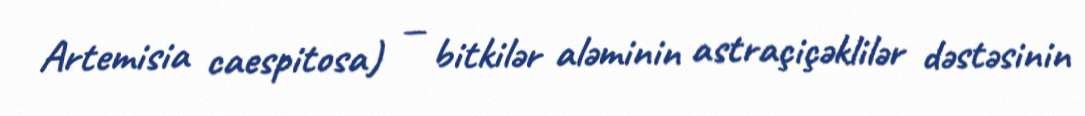
Artemisia caespitosa) — bitkilər aləminin astraçiçəklilər dəstəsinin